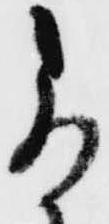
尚